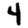
Digit: 4